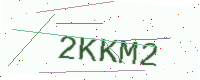
Text: 2KKM2